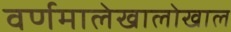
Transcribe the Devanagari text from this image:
वर्णमालेखालोखाल